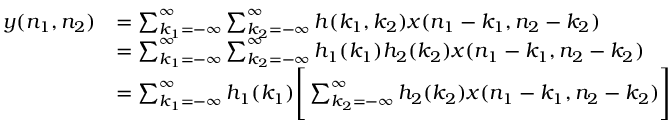
{ \begin{array} { r l } { y ( n _ { 1 } , n _ { 2 } ) } & { = \sum _ { k _ { 1 } = - \infty } ^ { \infty } \sum _ { k _ { 2 } = - \infty } ^ { \infty } h ( k _ { 1 } , k _ { 2 } ) x ( n _ { 1 } - k _ { 1 } , n _ { 2 } - k _ { 2 } ) } \\ & { = \sum _ { k _ { 1 } = - \infty } ^ { \infty } \sum _ { k _ { 2 } = - \infty } ^ { \infty } h _ { 1 } ( k _ { 1 } ) h _ { 2 } ( k _ { 2 } ) x ( n _ { 1 } - k _ { 1 } , n _ { 2 } - k _ { 2 } ) } \\ & { = \sum _ { k _ { 1 } = - \infty } ^ { \infty } h _ { 1 } ( k _ { 1 } ) { \Bigg [ } \sum _ { k _ { 2 } = - \infty } ^ { \infty } h _ { 2 } ( k _ { 2 } ) x ( n _ { 1 } - k _ { 1 } , n _ { 2 } - k _ { 2 } ) { \Bigg ] } } \end{array} }